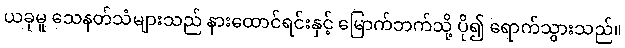
ယခုမူ သေနတ်သံများသည် နားထောင်ရင်းနှင့် မြောက်ဘက်သို့ ပို၍ ရောက်သွားသည်။